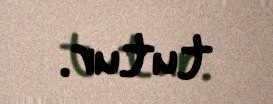
tutur.